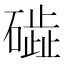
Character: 𥖋